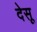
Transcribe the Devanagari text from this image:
देसू